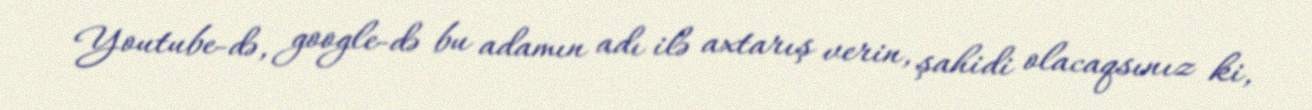
Youtube-də, google-də bu adamın adı ilə axtarış verin, şahidi olacaqsınız ki,